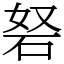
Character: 砮